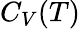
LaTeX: C_{V}(T)